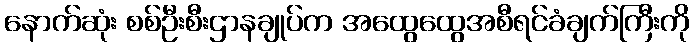
နောက်ဆုံး စစ်ဦးစီးဌာနချုပ်က အထွေထွေအစီရင်ခံချက်ကြီးကို